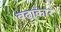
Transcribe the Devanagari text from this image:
बढ़ाकार